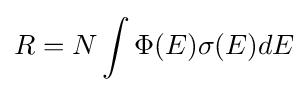
R=N\int \Phi (E)\sigma (E)dE